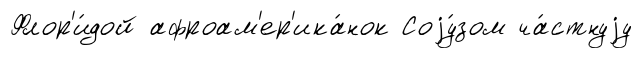
Флор'и́дой афроам'ер'ика́нок Соjу́зом ча́стнуjу